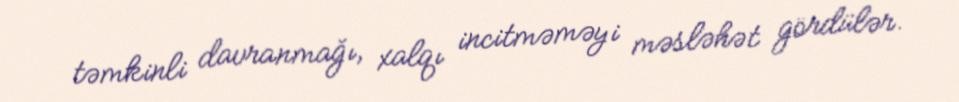
təmkinli davranmağı, xalqı incitməməyi məsləhət gördülər.